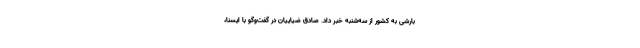
بارشی به کشور از سه‌شنبه خبر داد. صادق ضیاییان در گفت‌وگو با ایسنا،